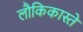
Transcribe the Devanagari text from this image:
लौकिकास्ते